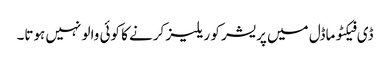
ڈی فیکٹو ماڈل میں پریشر کو ریلیز کرنے کا کوئی والو نہیں ہوتا۔